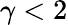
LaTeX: \gamma<2